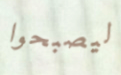
ليصبحوا